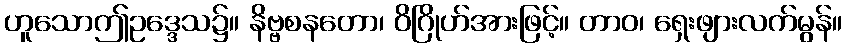
ဟူသောဤဥဒ္ဒေသ၌။ နိဗ္ဗစနတော၊ ဝိဂြိုဟ်အားဖြင့်။ တာဝ၊ ရှေးဖျားလက်မွန်။